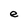
Character: e